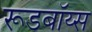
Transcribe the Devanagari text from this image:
रूडबॉय्स